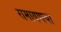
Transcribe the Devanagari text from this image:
रामायणचा